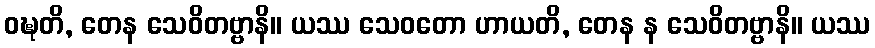
ဝဍ္ဎတိ, တေန သေဝိတဗ္ဗာနိ။ ယဿ သေဝတော ဟာယတိ, တေန န သေဝိတဗ္ဗာနိ။ ယဿ